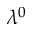
\lambda ^ { 0 }